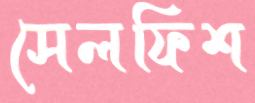
সেলফিশ